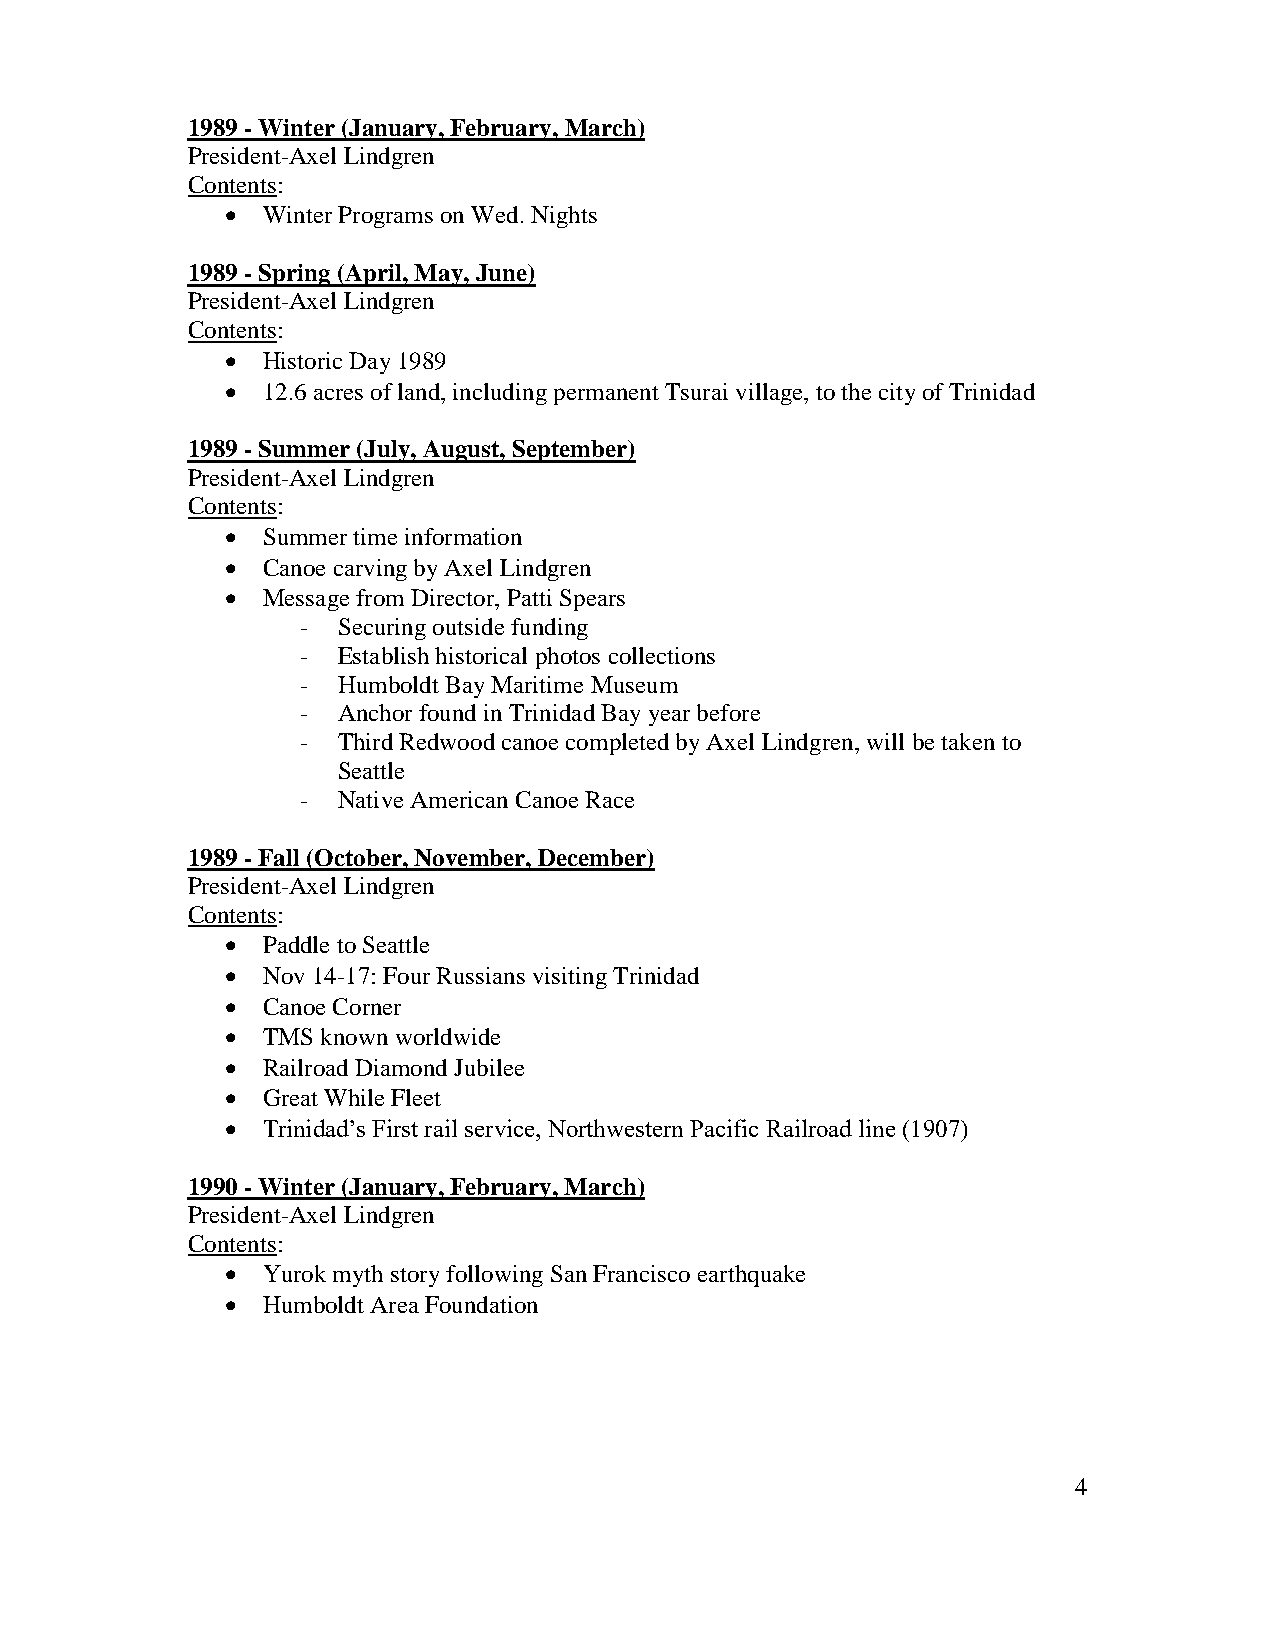
1989 - Winter (January, February, March)
 President-Axel Lindgren
 Contents:
  Winter Programs on Wed. Nights
 1989 - Spring (April, May, June)
 President-Axel Lindgren
 Contents:
  Historic Day 1989
  12.6 acres of land, including permanent Tsurai village, to the city of Trinidad
 1989 - Summer (July, August, September)
 President-Axel Lindgren
 Contents:
  Summer time information
  Canoe carving by Axel Lindgren
  Message from Director, Patti Spears
 - Securing outside funding
 - Establish historical photos collections
 - Humboldt Bay Maritime Museum
 - Anchor found in Trinidad Bay year before
 - Third Redwood canoe completed by Axel Lindgren, will be taken to
 Seattle
 - Native American Canoe Race
 1989 - Fall (October, November, December)
 President-Axel Lindgren
 Contents:
  Paddle to Seattle
  Nov 14-17: Four Russians visiting Trinidad
  Canoe Corner
  TMS known worldwide
  Railroad Diamond Jubilee
  Great While Fleet
  Trinidad’s First rail service, Northwestern Pacific Railroad line (1907)
 1990 - Winter (January, February, March)
 President-Axel Lindgren
 Contents:
  Yurok myth story following San Francisco earthquake
  Humboldt Area Foundation
 4